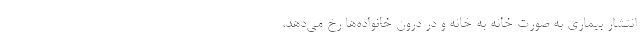
انتشار بیماری به صورت خانه به خانه و در درون خانواده‌ها رخ می‌دهد،